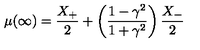
\mu ( \infty ) = \frac { X _ { + } } { 2 } + \left( \frac { 1 - \gamma ^ { 2 } } { 1 + \gamma ^ { 2 } } \right) \frac { X _ { - } } { 2 } \